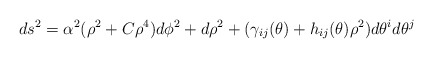
\begin{align*}ds^2=\alpha^2 (\rho^2+ C \rho^4)d\phi^2+d\rho^2+(\gamma_{ij}(\theta)+h_{ij}(\theta)\rho^2)d\theta^id\theta^j\end{align*}